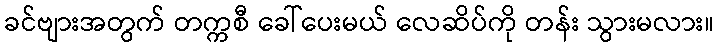
ခင်ဗျားအတွက် တက္ကစီ ခေါ်ပေးမယ် လေဆိပ်ကို တန်း သွားမလား။